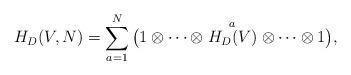
LaTeX: \begin{align*}H_D(V,N)=\sum_{a=1}^N \big(1\otimes \dots \otimes \stackrel{a}{H_D(V)}\otimes\dots\otimes 1\big),\end{align*}